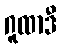
ဂူထာဒီ